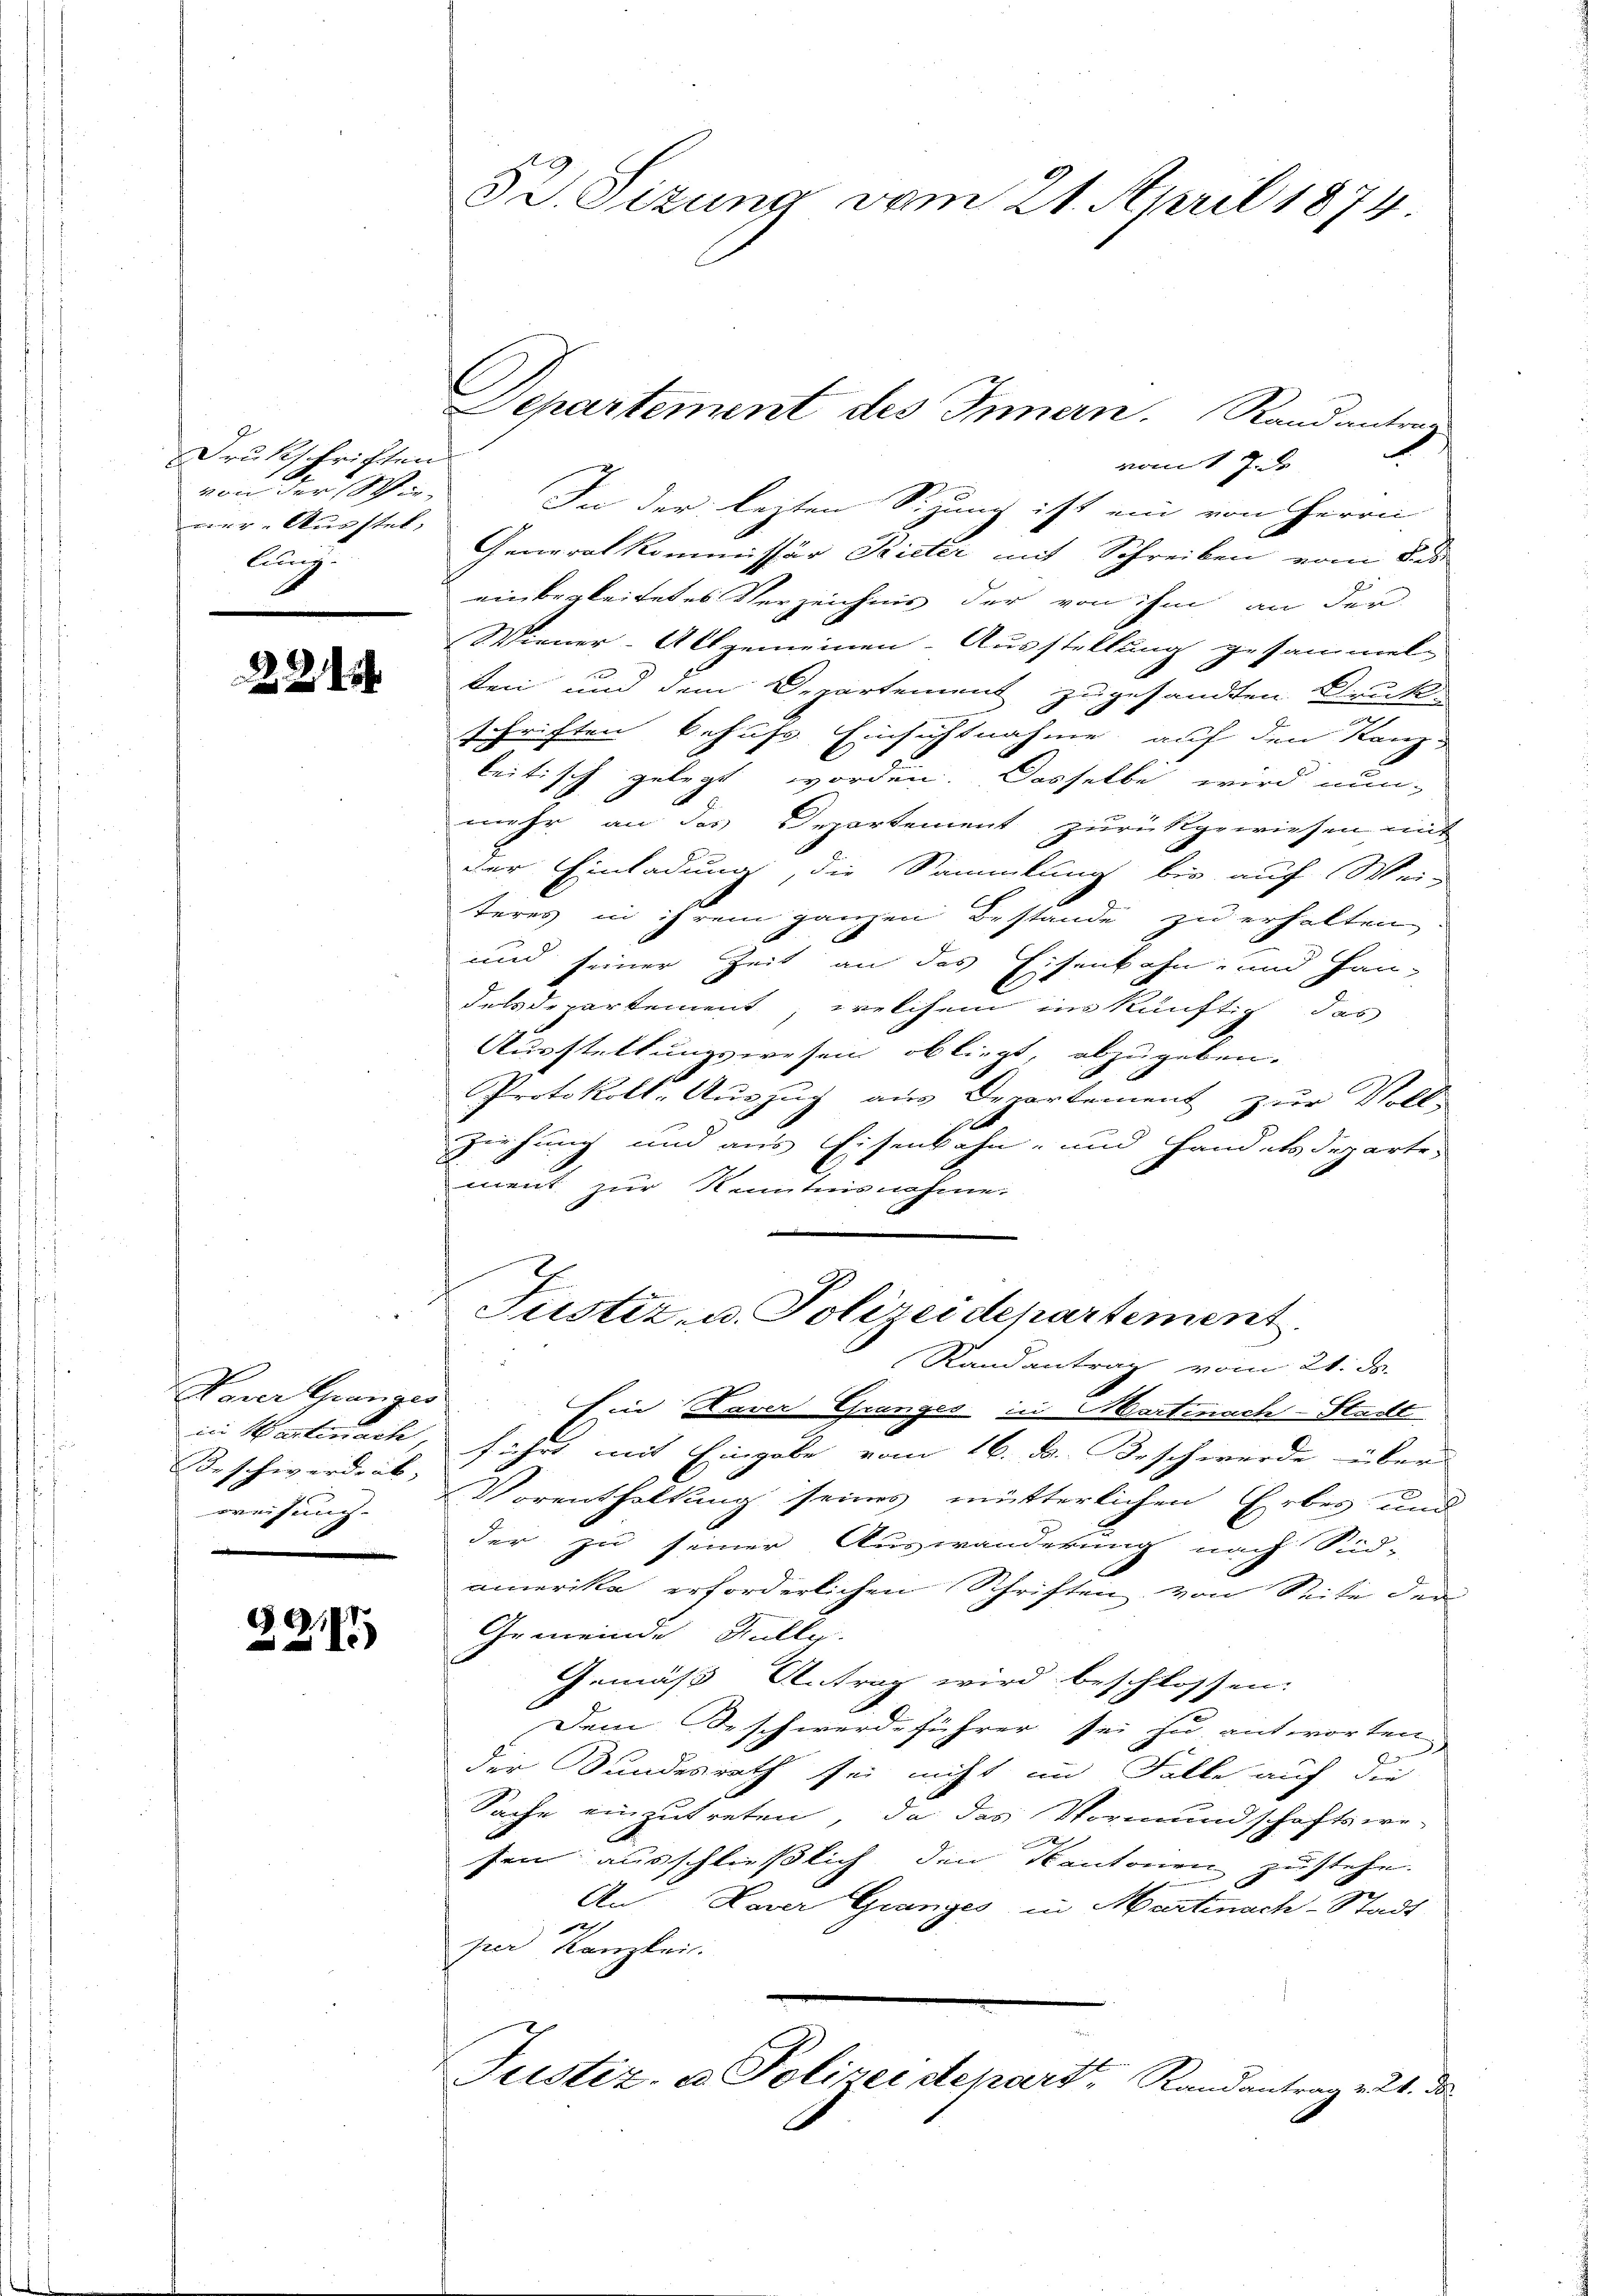
Drukschriften
von der Wieer-Ausstel
Cunis
A

221.

Haver Granges
Beschwerdent,
weisung.

9

5. Sizung vom 21. April 1874.

vom 17. de
In der lezten Sizung ist ein von Herrn
Generalkommissär Pieter mit Schreiben vom das
einbegleitetes Verzeichnis der von ihm an der
Wiener-Allgemeinen-Ausstellung gesammel
ten und dem Departement zugesandten Druck-
schriften behufs Einsichtnahme auf den Kanz-
beitisch gelegt worden. Dasselbe wird nunmehr an des Departement zurückgewiesen mit
der Einladung, die Sammlung bis auf Wei-
teres in ihrem ganzen Bestande zu erhalten.
und seiner Zeit an das Eisenbahn- und Han-
Felsdepartement welchem ins künftig das
Ausstellungswesen obliegt, abzugeben.
Protokoll-Auszug aus Departement zur Voll-
r
Ziehung und aus Eisenbahn- und Handelsdeparte-
ment zur Kenntnisnahme.

Departement des Innern. Randantrag

Justiz- u. Polizeidepartement
Randantrag vom 21. ds.

Ein Haver Granzes in Martinach-Stadt
in Wartenach, führt mit Eingabe vom 16. d. Beschwerde über
Vorenthaltung seines mütterlichen Erbes und
der zu seiner Auswanderung nach Süd-
amerika erforderlichen Schriften von Seite der
Gemeinde Kolle.
Gemäß Antrag wird beschlossen.
Dem Beschwerdeführer sei zu antworten
J
der Bundesrath sei nicht im Falle auf die
Sache einzutreten, da das Vormundschaftswe-
7
sein ausschließlich den Kantonen zu stehe.
An Laver Granges in Martinach-Stadt-
A
per Kanzlei.
Justiz, a. Polizeidepart, Randantrag v. 21. da